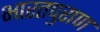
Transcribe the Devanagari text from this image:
भारतपुराण